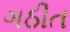
ગઠીત